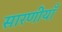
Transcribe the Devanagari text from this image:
सारणीयाँ